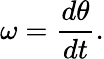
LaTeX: \omega={\frac{d\theta}{dt}}.